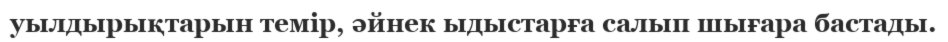
уылдырықтарын темір, әйнек ыдыстарға салып шығара бастады.